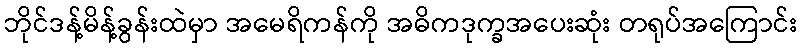
ဘိုင်ဒန့်မိန့်ခွန်းထဲမှာ အမေရိကန်ကို အဓိကဒုက္ခအပေးဆုံး တရုပ်အကြောင်း